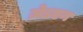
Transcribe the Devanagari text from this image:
ज़ेडएन